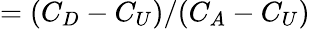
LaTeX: =({C_{D}-C_{U}})/({C_{A}-C_{U}})